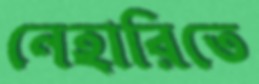
নেহারিতে